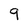
Character: 9